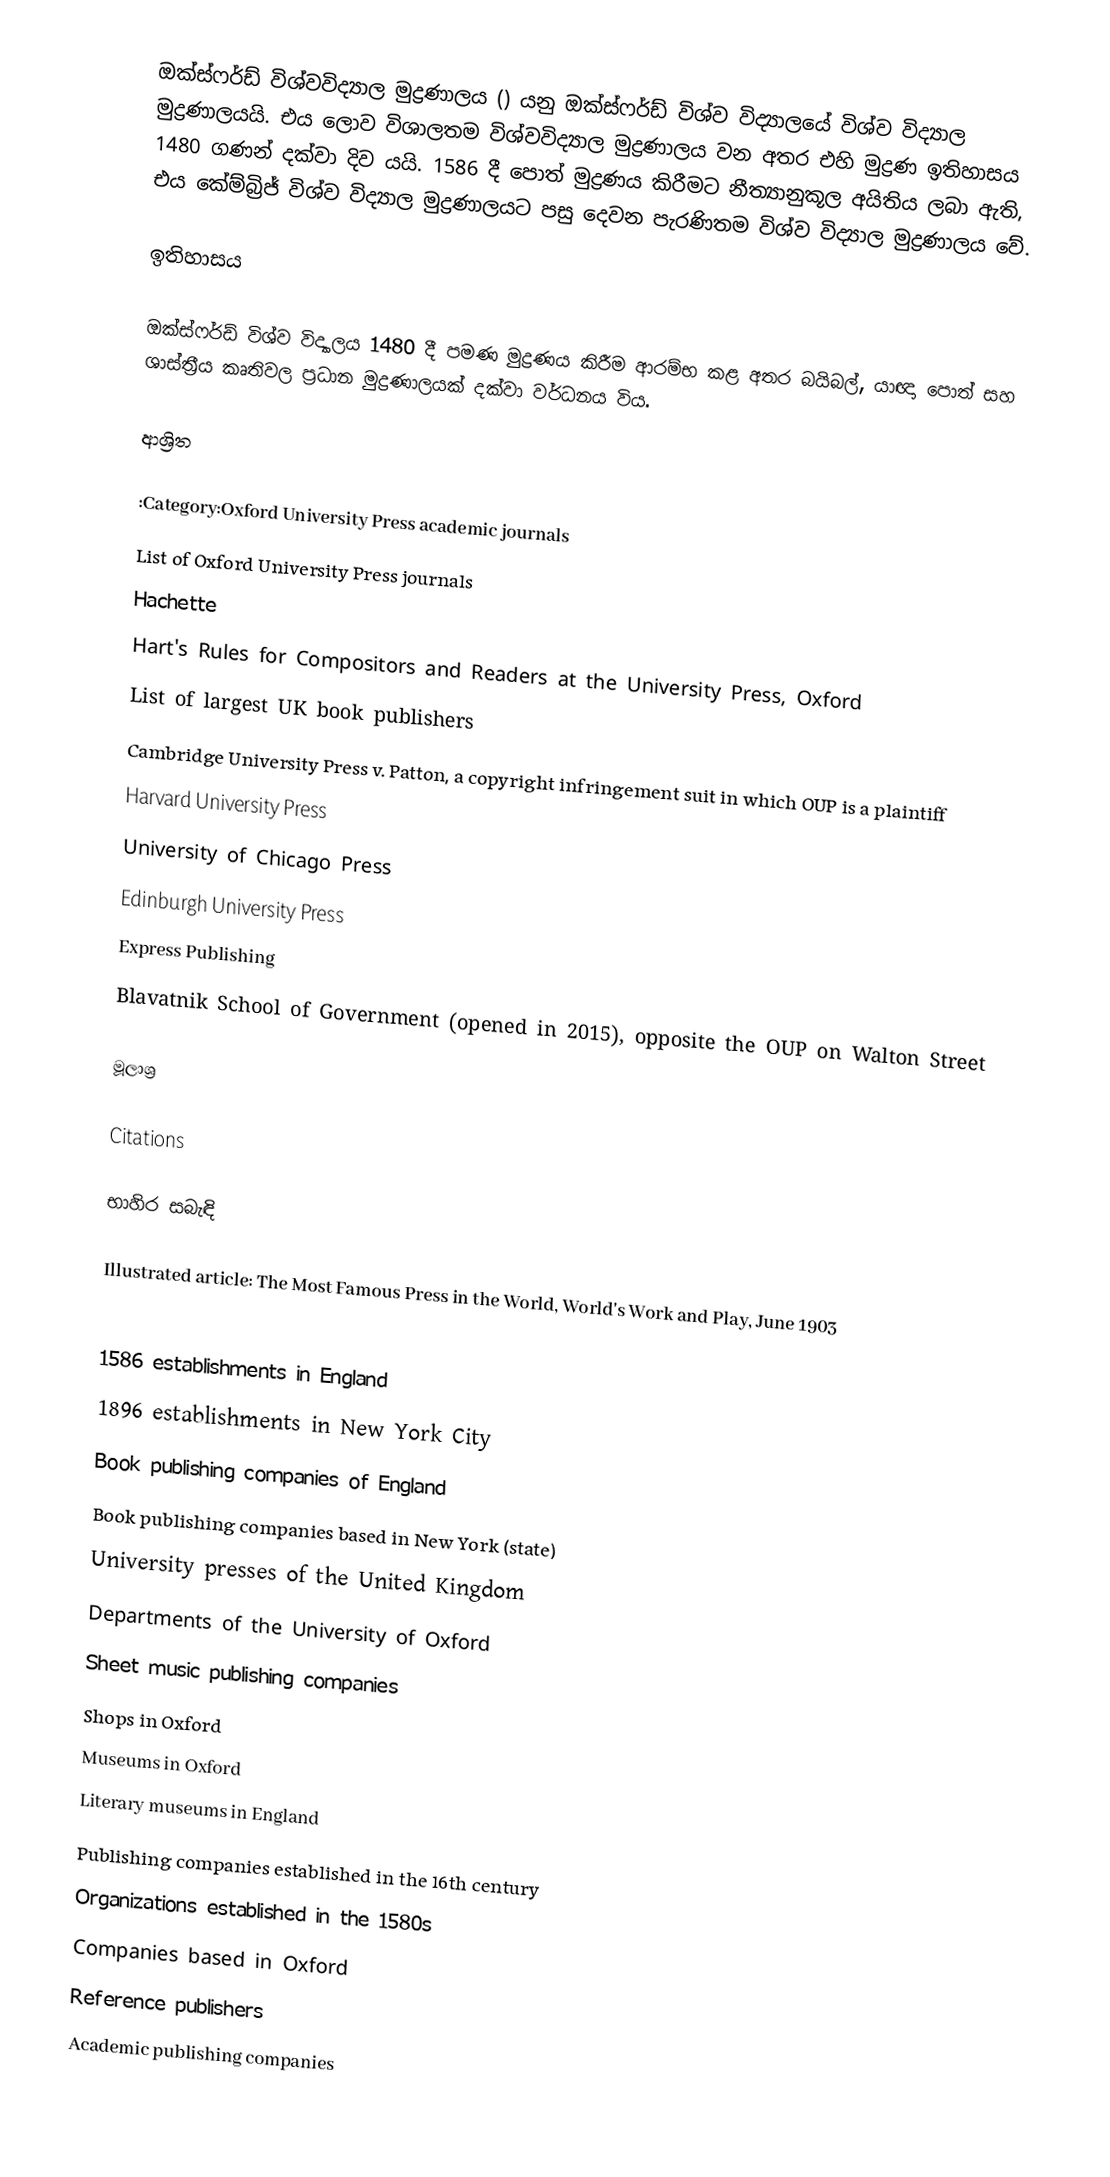
ඔක්ස්ෆර්ඩ් විශ්වවිද්‍යාල මුද්‍රණාලය () යනු ඔක්ස්ෆර්ඩ් විශ්ව විද්‍යාලයේ විශ්ව විද්‍යාල මුද්‍රණාලයයි. එය ලොව විශාලතම විශ්වවිද්‍යාල මුද්‍රණාලය වන අතර එහි මුද්‍රණ ඉතිහාසය 1480 ගණන් දක්වා දිව යයි. 1586 දී පොත් මුද්‍රණය කිරීමට නීත්‍යානුකූල අයිතිය ලබා ඇති, එය කේම්බ්‍රිජ් විශ්ව විද්‍යාල මුද්‍රණාලයට පසු දෙවන පැරණිතම විශ්ව විද්‍යාල මුද්‍රණාලය වේ.

ඉතිහාසය

ඔක්ස්ෆර්ඩ් විශ්ව විද්‍යාලය 1480 දී පමණ මුද්‍රණය කිරීම ආරම්භ කළ අතර බයිබල්, යාඥා පොත් සහ ශාස්ත්‍රීය කෘතිවල ප්‍රධාන මුද්‍රණාලයක් දක්වා වර්ධනය විය.

ආශ්‍රිත

 :Category:Oxford University Press academic journals
 List of Oxford University Press journals
 Hachette
 Hart's Rules for Compositors and Readers at the University Press, Oxford
 List of largest UK book publishers
 Cambridge University Press v. Patton, a copyright infringement suit in which OUP is a plaintiff
 Harvard University Press
 University of Chicago Press
 Edinburgh University Press
 Express Publishing
 Blavatnik School of Government (opened in 2015), opposite the OUP on Walton Street

මූලාශ්‍ර

Citations

භාහිර සබැඳි

Illustrated article: The Most Famous Press in the World, World's Work and Play, June 1903

1586 establishments in England
1896 establishments in New York City
Book publishing companies of England
Book publishing companies based in New York (state)
University presses of the United Kingdom
Departments of the University of Oxford
Sheet music publishing companies
Shops in Oxford
Museums in Oxford
Literary museums in England
Publishing companies established in the 16th century
Organizations established in the 1580s
Companies based in Oxford
Reference publishers
Academic publishing companies